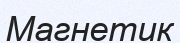
Магнетик